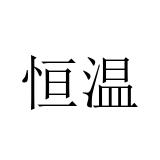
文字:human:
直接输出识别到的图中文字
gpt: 恒温